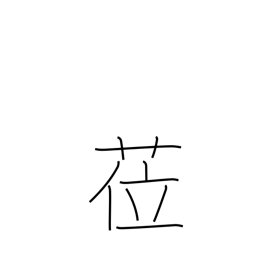
Meaning: assume a post